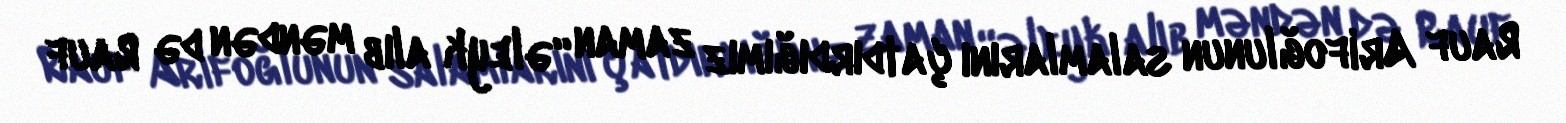
Rauf Arifoğlunun salamlarını çatdırdığımız zaman “əleyk alıb məndən də Rauf